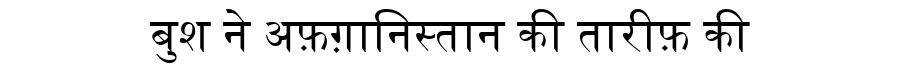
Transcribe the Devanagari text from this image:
बुश ने अफ़ग़ानिस्तान की तारीफ़ की